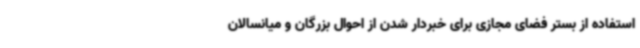
استفاده از بستر فضای مجازی برای خبردار شدن از احوال بزرگان و میانسالان